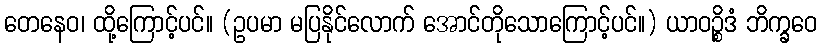
တေနေဝ၊ ထို့ကြောင့်ပင်။ (ဥပမာ မပြနိုင်လောက် အောင်တိုသောကြောင့်ပင်။) ယာဝဉ္စိဒံ ဘိက္ခဝေ